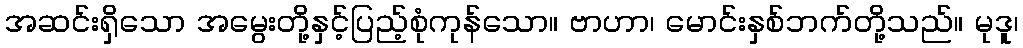
အဆင်းရှိသော အမွေးတို့နှင့်ပြည့်စုံကုန်သော။ ဗာဟာ၊ မောင်းနှစ်ဘက်တို့သည်။ မုဒူ၊